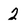
Character: 2